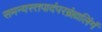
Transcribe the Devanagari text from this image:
समन्यस्तपादंपरब्रंह्मलिंगं